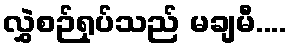
လွှဲစဉ်ရုပ်သည် မချမီ....